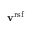
{ \mathbf { v } } ^ { \mathrm { r s f } }